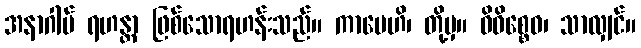
အနာဂါမ် ရဟန္တာ ဖြစ်သောရဟန်းသည်။ ကာမေဟိ၊ တို့မှ။ ဝိဝိစ္စေဝ၊ သာလျှင်။